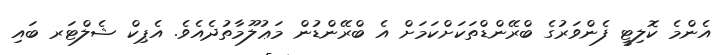
އެންމެ ކޮލިޓީ ފެންވަރުގެ ބްރޭންޑްތަކަށްކަމަށް އެ ބްރޭންޑުން މަޢުލޫމާތުދެއެވެ. އެޕިކް ޝެލްޓަރ ބައި